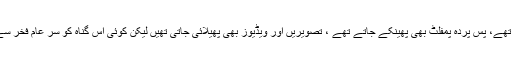
لوگوں پر الزام لگتے تھے، پس پردہ پمفلٹ بھی پھینکے جاتے تھے ، تصویریں اور ویڈیوز بھی پھیلائی جاتی تھیں لیکن کوئی اس گناہ کو سر عام فخر سے تسلیم نہیں کرتا تھا۔